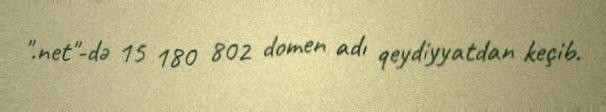
".net"-də 15 180 802 domen adı qeydiyyatdan keçib.